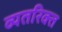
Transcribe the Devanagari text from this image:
व्यतरिक्त